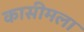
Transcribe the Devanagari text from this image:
कासीमला